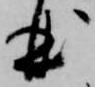
曲